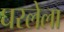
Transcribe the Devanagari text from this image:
घरलेला